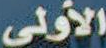
الأولى